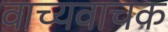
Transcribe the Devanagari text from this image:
वाच्यवाचक